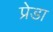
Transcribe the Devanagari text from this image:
प्रेडा